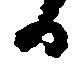
日